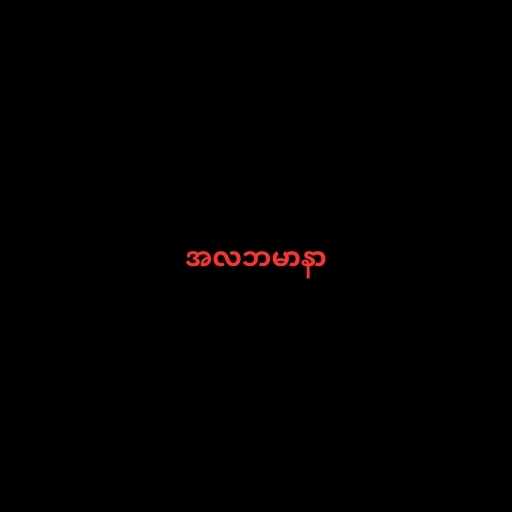
အလဘမာနာ